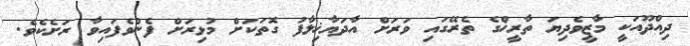
ދިއްދޫއަކީ މާޒީވެދިޔަ ތާރީޚްގެ ތެރޭގައި ވަރަށް އާދަޔާޚިލާފު ގޮތަކަށް މުޅިރަށް ފެންވެފައިވާ ރަށެކެވެ.